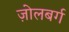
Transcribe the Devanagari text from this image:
ज़ोलबर्ग